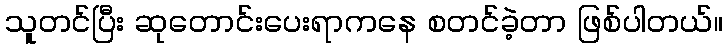
သူတင်ပြီး ဆုတောင်းပေးရာကနေ စတင်ခဲ့တာ ဖြစ်ပါတယ်။